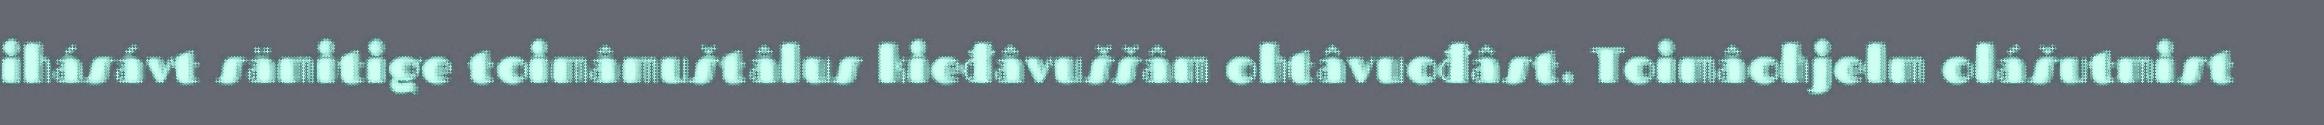
ihásávt sämitige toimâmuštâlus kieđâvuššâm ohtâvuođâst. Toimâohjelm olášutmist